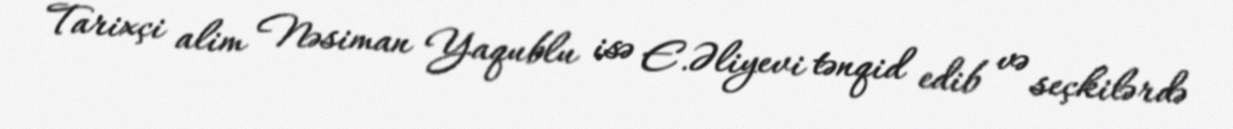
Tarixçi alim Nəsiman Yaqublu isə E.Əliyevi tənqid edib və seçkilərdə